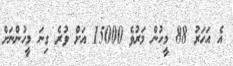
އެ އަހަރު 88 މީހުން މަރުވެ 15000 އަށް ވުރެ ގިނަ މީހުންނަށް